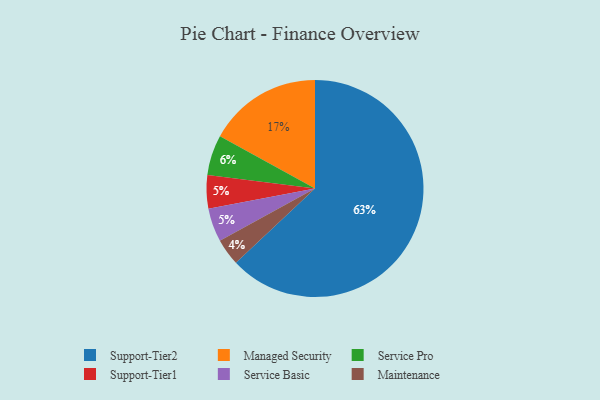
{"axis": {"x": "Category", "y": "Percentage"}, "legend": ["Maintenance", "Managed Security", "Service Basic", "Service Pro", "Support-Tier1", "Support-Tier2"], "data": [{"x": "Maintenance", "y": 4, "type": "Maintenance"}, {"x": "Service Pro", "y": 6, "type": "Service Pro"}, {"x": "Support-Tier2", "y": 63, "type": "Support-Tier2"}, {"x": "Support-Tier1", "y": 5, "type": "Support-Tier1"}, {"x": "Service Basic", "y": 5, "type": "Service Basic"}, {"x": "Managed Security", "y": 17, "type": "Managed Security"}]}